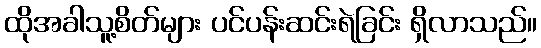
ထိုအခါသူ့စိတ်များ ပင်ပန်းဆင်းရဲခြင်း ရှိလာသည်။